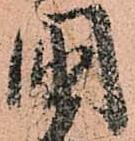
國